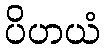
ပိဟယံ